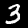
Digit: 3